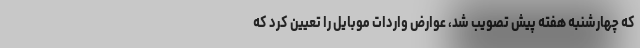
که چهارشنبه هفته پیش تصویب شد، عوارض واردات موبایل را تعیین کرد که